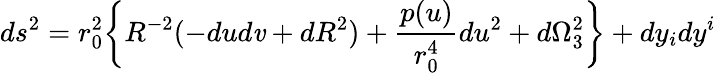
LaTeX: ds^{2}=r_{0}^{2}\bigg\{ R^{-2}(-dud\mathit{v}+dR^{2})+{\frac{{p(u)}}{{r_{0}^{4}}}}du^{2}+d\Omega_{3}^{2}\biggr\} +dy_{i}dy^{i}